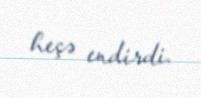
heçə endirdi.